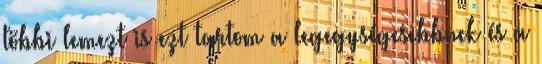
többi lemezt is ezt tartom a legegységesebbnek és a